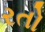
રતો